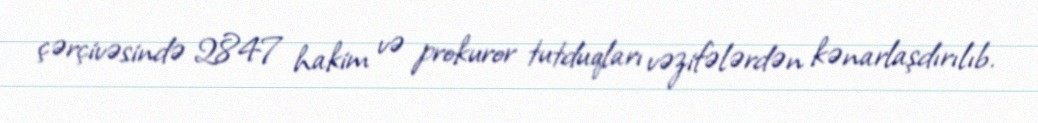
çərçivəsində 2847 hakim və prokuror tutduqları vəzifələrdən kənarlaşdırılıb.